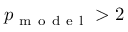
p _ { \mathrm { ~ m ~ o ~ d ~ e ~ l ~ } } > 2